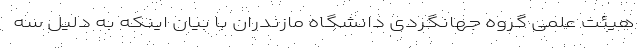
هیئت علمی گروه جهانگردی دانشگاه مازندران با بیان اینکه به دلیل سه